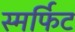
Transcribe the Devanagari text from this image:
स्मर्फिट